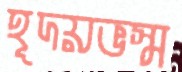
হূদয়ভস্ম